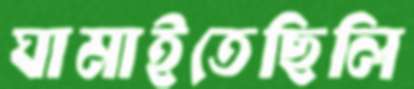
ঘামাইতেছিলি